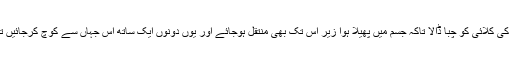
اس عہد کو وفا کرنے کے لیے شوہر نے اپنی بیوی کی کلائی کو چبا ڈالا تاکہ جسم میں پھیلا ہوا زیر اس تک بھی منتقل ہوجائے اور یوں دونوں ایک ساتھ اس جہاں سے کوچ کرجائیں تاہم خوش قسمتی سے بیوی کی موت واقع نہیں ہوئی۔